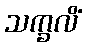
သက္ခလိံ